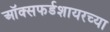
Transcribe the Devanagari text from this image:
ऑक्सफर्डशायरच्या